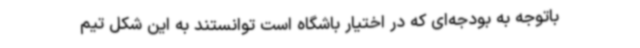
باتوجه به بودجه‌ای که در اختیار باشگاه است توانستند به این شکل تیم